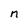
Character: n